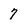
Character: 7